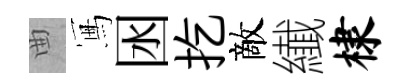
曲冩囦扢敵纎棣